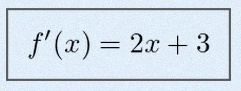
f'(x)=2x+3